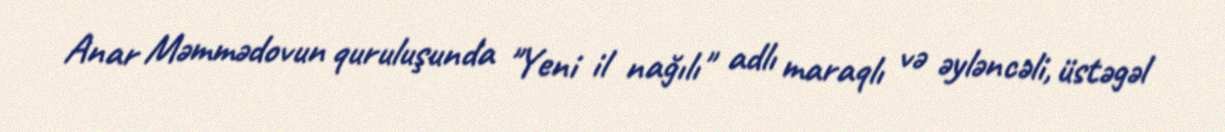
Anar Məmmədovun quruluşunda "Yeni il nağılı" adlı maraqlı və əyləncəli, üstəgəl